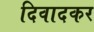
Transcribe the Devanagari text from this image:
दिवादकर